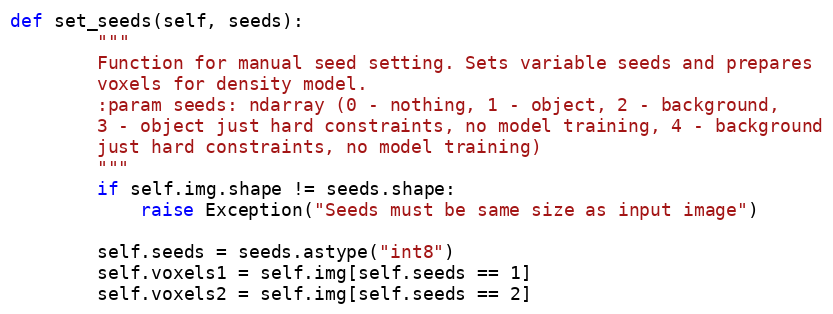
Language: Python
def set_seeds(self, seeds):
        """
        Function for manual seed setting. Sets variable seeds and prepares
        voxels for density model.
        :param seeds: ndarray (0 - nothing, 1 - object, 2 - background,
        3 - object just hard constraints, no model training, 4 - background
        just hard constraints, no model training)
        """
        if self.img.shape != seeds.shape:
            raise Exception("Seeds must be same size as input image")

        self.seeds = seeds.astype("int8")
        self.voxels1 = self.img[self.seeds == 1]
        self.voxels2 = self.img[self.seeds == 2]